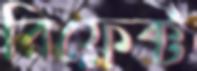
রিফ্লেক্ট